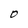
Character: D